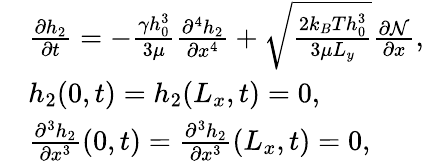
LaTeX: \begin{array}{rl}&{\frac{\partial h_{2}}{\partial t}=-\frac{\gamma h_{0}^{3}}{3\mu}\frac{\partial^{4}h_{2}}{\partial x^{4}}+\sqrt{\frac{2k_{B}Th_{0}^{3}}{3\mu L_{y}}}\frac{\partial\mathcal{N}}{\partial x},}\\ &{h_{2}(0,t)=h_{2}(L_{x},t)=0,}\\ &{\frac{\partial^{3}h_{2}}{\partial x^{3}}(0,t)=\frac{\partial^{3}h_{2}}{\partial x^{3}}(L_{x},t)=0,}\end{array}